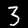
Digit: 3